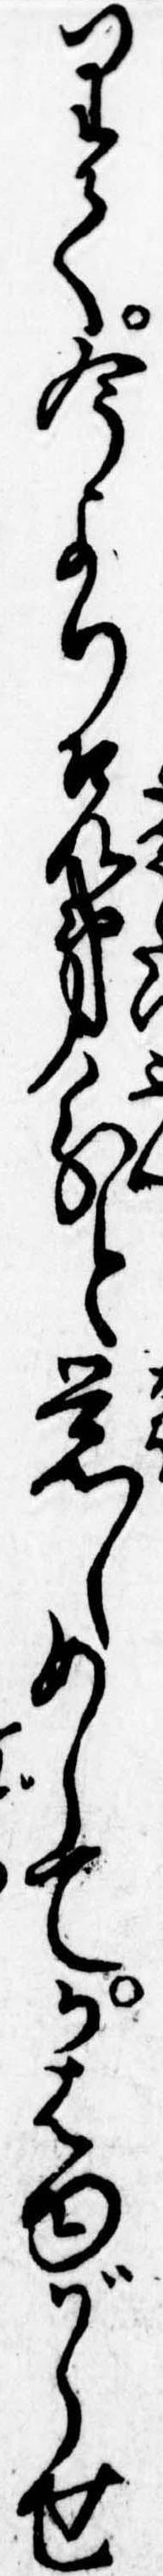
りて今より兄弟分と覚しめしてかはゆがらせ